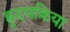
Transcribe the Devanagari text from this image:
ह्रृदयक्रिया